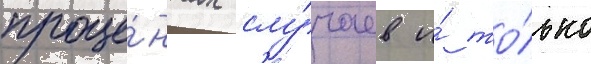
проце́нтах слу́чаев и́ то́лько